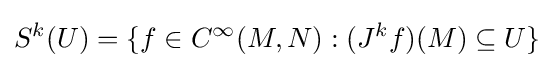
S^{k}(U)=\{f\in C^{\infty }(M,N):(J^{k}f)(M)\subseteq U\}